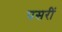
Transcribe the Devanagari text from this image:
पसरीं